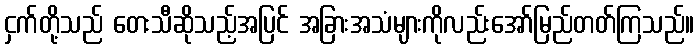
ငှက်တို့သည် တေးသီဆိုသည့်အပြင် အခြားအသံများကိုလည်းအော်မြည်တတ်ကြသည်။